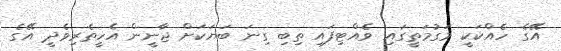
އޭގެ ހެއްކަކީ މަގުމަތީގައި ވެއްޓިފައި ތިބި ގިނަ ބަޔަކަށް ޖާނީން އެހީތެރިވެދީ އޭގެ